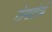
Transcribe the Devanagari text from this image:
टोमाटोची